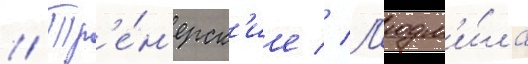
// Тр'е́н'ерск'ие // Л'юдм'и́ла